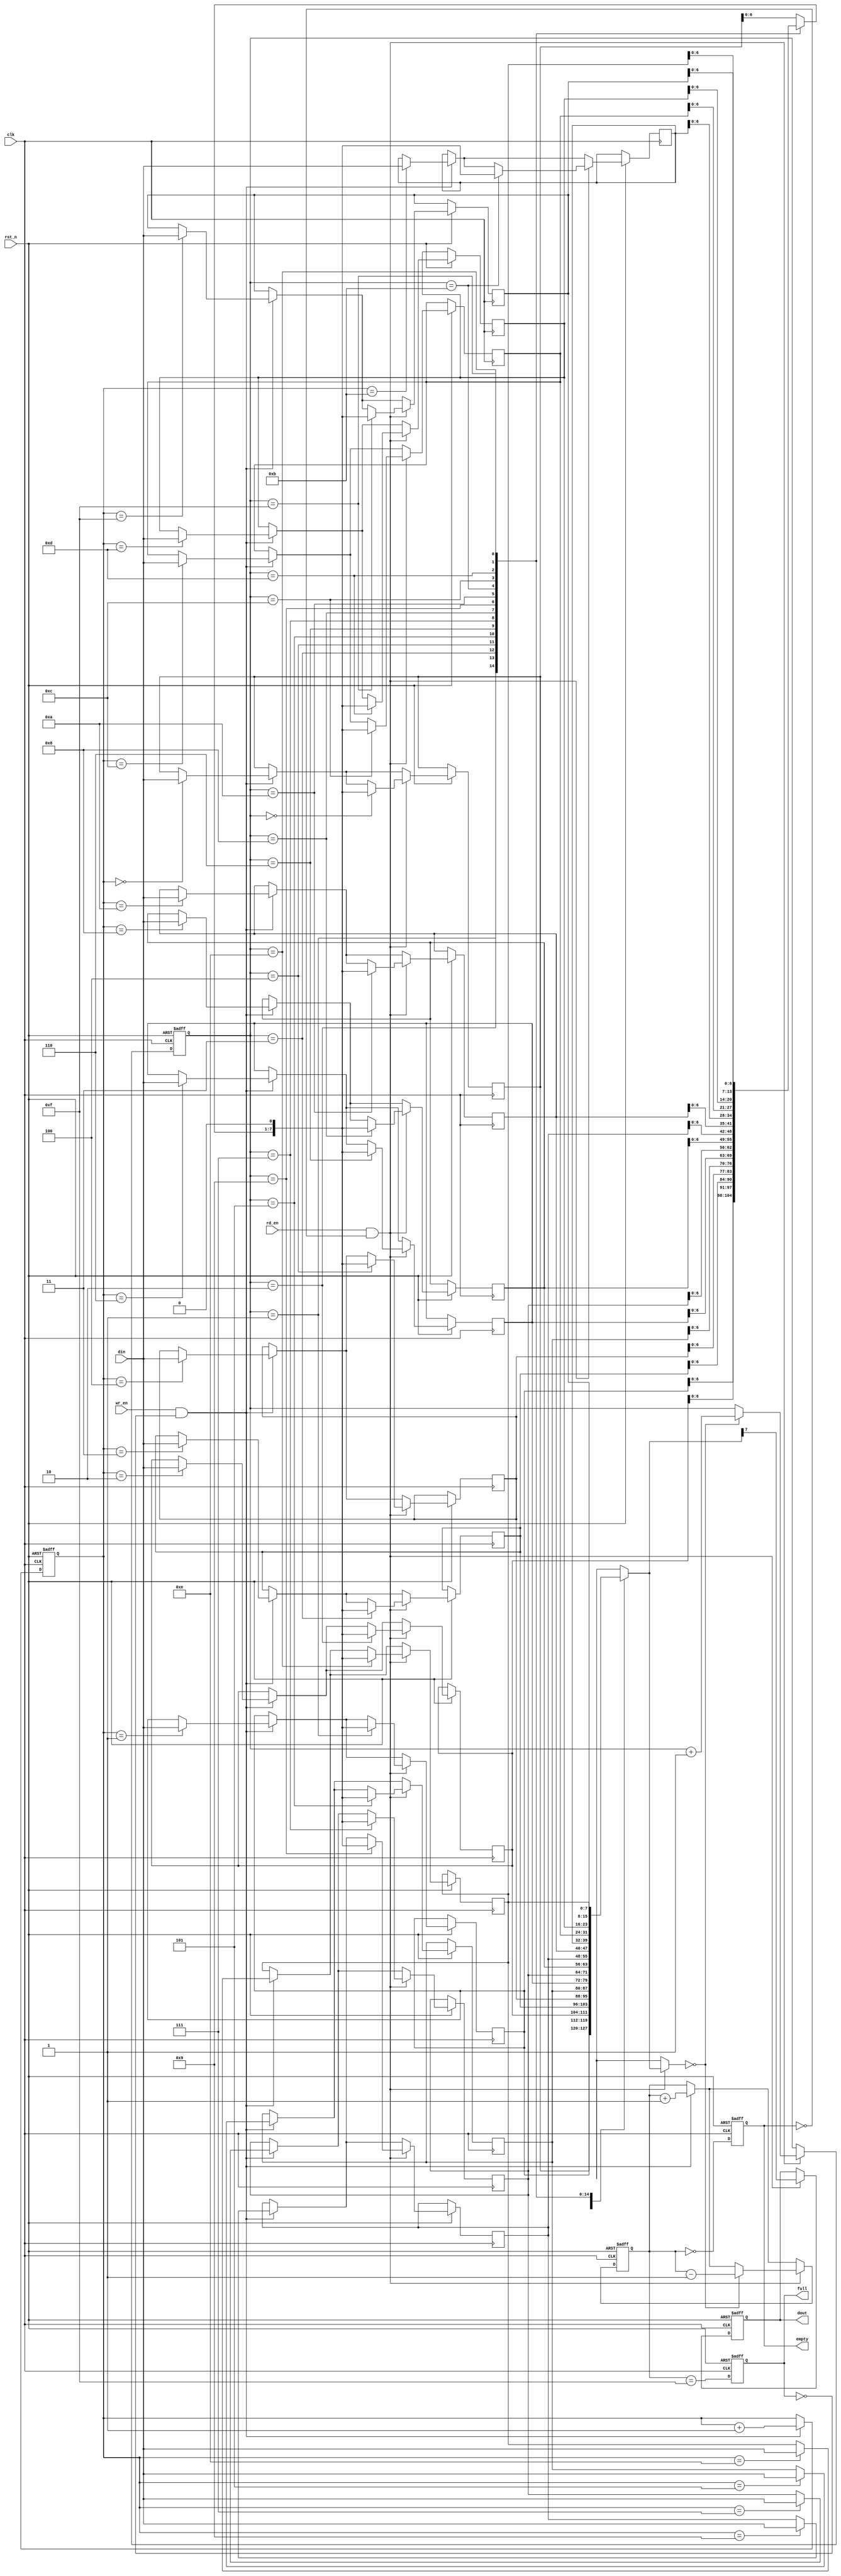
module FIFO_PISO #(
    parameter DATA_WIDTH = 8,      // Width of the data input
    parameter FIFO_DEPTH = 16       // Depth of the FIFO (number of entries)
) (
    input wire clk,
    input wire rst_n,               // Asynchronous active-low reset
    input wire wr_en,               // Write enable
    input wire rd_en,               // Read enable
    input wire [DATA_WIDTH-1:0] din, // Parallel Data input
    output reg dout,                // Serial Data output
    output reg full,                // FIFO full flag
    output reg empty                // FIFO empty flag
);

reg [DATA_WIDTH-1:0] fifo_mem [0:FIFO_DEPTH-1]; // FIFO memory storage
reg [3:0] wr_ptr; // Write pointer
reg [3:0] rd_ptr; // Read pointer
reg [4:0] count;  // Number of elements in the FIFO

// Reset and control signals
always @(posedge clk or negedge rst_n) begin
    if (!rst_n) begin
        wr_ptr <= 0;
        rd_ptr <= 0;
        count <= 0;
        full <= 0;
        empty <= 1;
        dout <= 0;
    end else begin
        // Write operation
        if (wr_en && !full) begin
            fifo_mem[wr_ptr] <= din;
            wr_ptr <= wr_ptr + 1;
            count <= count + 1;
        end
        
        // Update full and empty flags
        full <= (count == FIFO_DEPTH - 1);
        empty <= (count == 0);
        
        // Read operation
        if (rd_en && !empty) begin
            // Shift out serially
            dout <= fifo_mem[rd_ptr][DATA_WIDTH-1]; // Send the most significant bit first
            fifo_mem[rd_ptr] <= {fifo_mem[rd_ptr][DATA_WIDTH-2:0], 1'b0}; // Shift the data
            if (fifo_mem[rd_ptr] == 0) begin // Check if we've read the last bit
                rd_ptr <= rd_ptr + 1;
                count <= count - 1;
            end
        end

        // Update full and empty flags
        full <= (count == FIFO_DEPTH - 1);
        empty <= (count == 0);
    end
end

endmodule